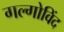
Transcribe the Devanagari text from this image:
गल्गोविंद